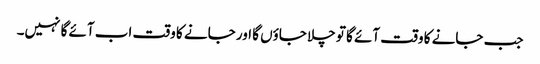
جب جانے کا وقت آئے گا تو چلا جاؤں گا اور جانے کا وقت اب آئے گا نہیں۔